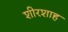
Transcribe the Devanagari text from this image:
शीरशाह